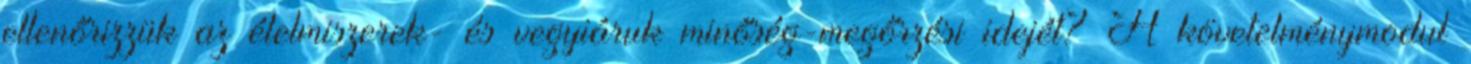
ellenőrizzük az élelmiszerek- és vegyiáruk minőség-megőrzési idejét? A követelménymodul